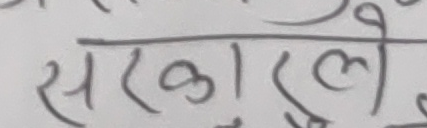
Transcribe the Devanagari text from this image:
सरकारले